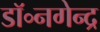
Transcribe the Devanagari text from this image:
डॉ॰नगेन्द्र